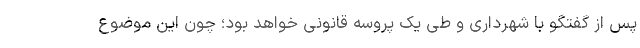
پس از گفتگو با شهرداری و طی یک پروسه قانونی خواهد بود؛ چون این موضوع